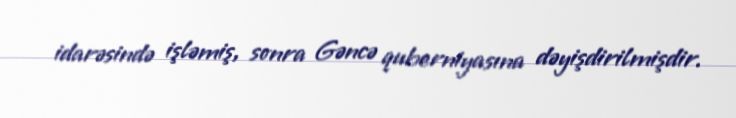
idarəsində işləmiş, sonra Gəncə quberniyasına dəyişdirilmişdir.